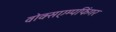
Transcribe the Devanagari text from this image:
वोक्सएम्पफिंगर